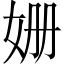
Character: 姗